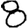
Digit: 8